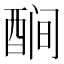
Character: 𬪫